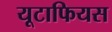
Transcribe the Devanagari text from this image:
यूटाफियस